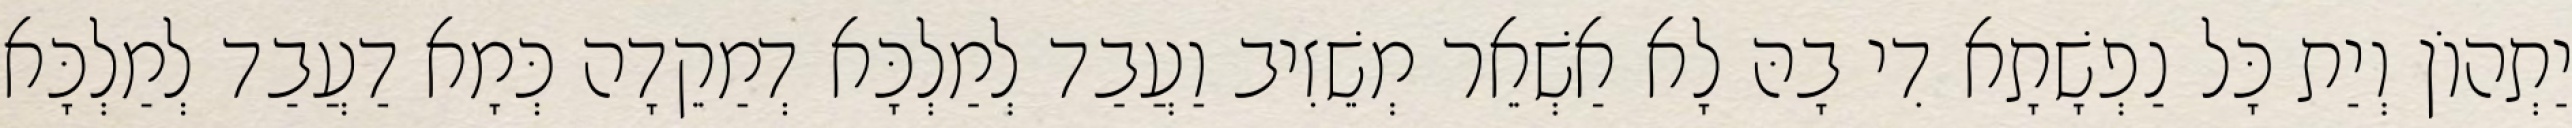
יַתְהוֹן וְיַת כָּל נַפְשָׁתָא דִי בָהּ לָא אַשְׁאֵר מְשֵׁזִיב וַעֲבַד לְמַלְכָּא דְמַקֵדָה כְּמָא דַעֲבַד לְמַלְכָּא